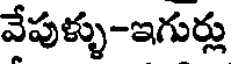
వేపుళ్ళు-ఇగుర్లు